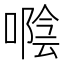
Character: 𠽛